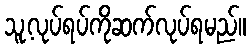
သူ့လုပ်ရပ်ကိုဆက်လုပ်ရမည်။